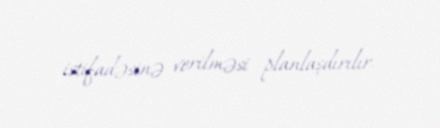
istifadəsinə verilməsi planlaşdırılır.